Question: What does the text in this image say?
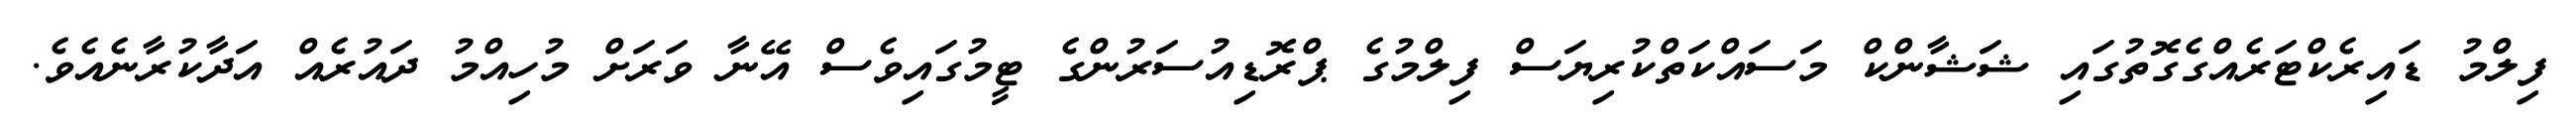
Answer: ފިލްމު ޑައިރެކްޓަރެއްގެގޮތުގައި ޝަޝާންކް މަސައްކަތްކުރިޔަސް ފިލްމުގެ ޕްރޮޑިއުސަރުންގެ ޓީމުގައިވެސް އޭނާ ވަރަށް މުހިއްމު ދައުރެއް އަދާކުރާނެއެވެ.